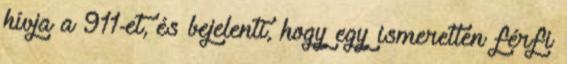
hívja a 911-et, és bejelenti, hogy egy ismeretlen férfi